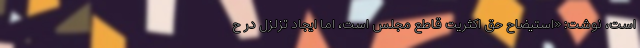
است، نوشت: «استیضاح حق اکثریت قاطع مجلس است، اما ایجاد تزلزل در ح